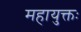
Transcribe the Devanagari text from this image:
महायुक्तः